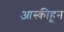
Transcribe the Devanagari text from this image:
आस्कीहून